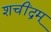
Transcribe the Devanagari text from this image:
शचींद्रम्